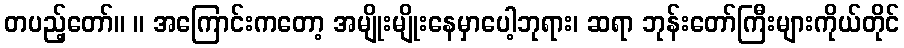
တပည့်တော်။ ။ အကြောင်းကတော့ အမျိုးမျိုးနေမှာပေါ့ဘုရား၊ ဆရာ ဘုန်းတော်ကြီးများကိုယ်တိုင်